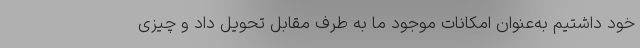
خود داشتیم به‌عنوان امکانات موجود ما به طرف مقابل تحویل داد و چیزی